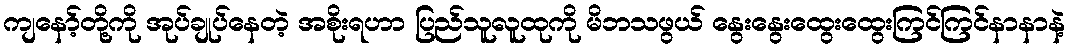
ကျနော့်တို့ကို အုပ်ချုပ်နေတဲ့ အစိုးရဟာ ပြည်သူလူထုကို မိဘသဖွယ် နွေးနွေးထွေးထွေးကြင်ကြင်နာနာနဲ့